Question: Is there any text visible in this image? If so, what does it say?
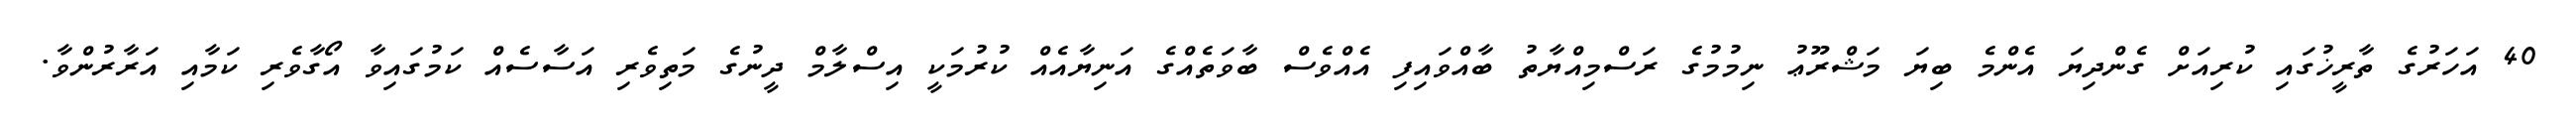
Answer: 40 އަހަރުގެ ތާރީޚުގައި ކުރިއަށް ގެންދިޔަ އެންމެ ބިޔަ މަޝްރޫޢު ނިމުމުގެ ރަސްމިއްޔާތު ބާއްވައިފި އެއްވެސް ބާވަތެއްގެ އަނިޔާއެއް ކުރުމަކީ އިސްލާމް ދީނުގެ މަތިވެރި އަސާސެއް ކަމުގައިވާ އޯގާވެރި ކަމާއި އަރާރުންވާ.